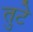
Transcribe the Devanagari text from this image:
तुटे